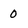
Character: 0